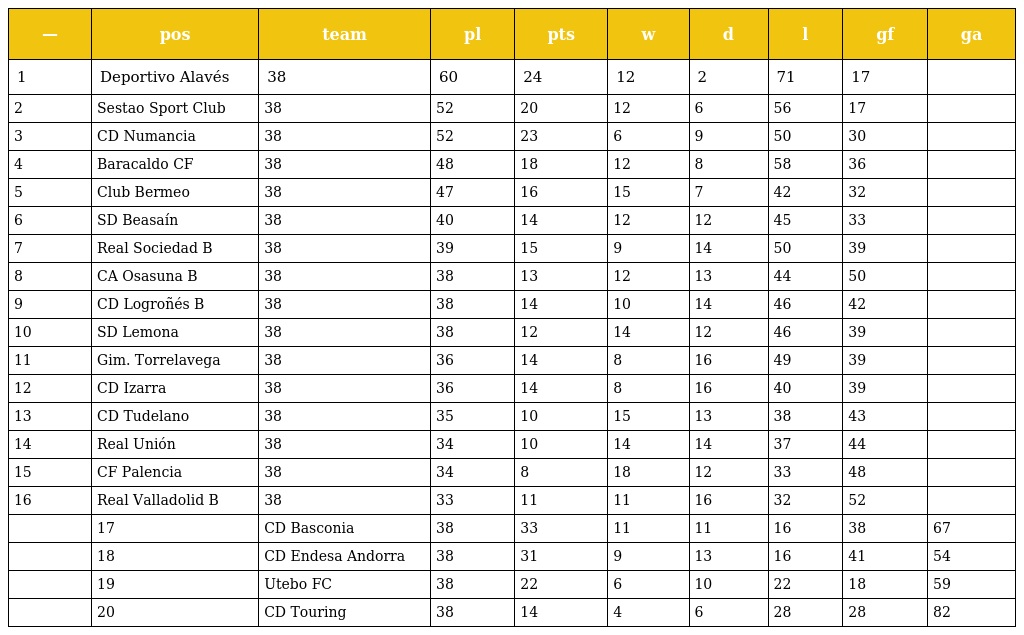
| — | pos | team | pl | pts | w | d | l | gf | ga |
 | --- | --- | --- | --- | --- | --- | --- | --- | --- | --- |
 | 1 | Deportivo Alavés | 38 | 60 | 24 | 12 | 2 | 71 | 17 |  |
 | 2 | Sestao Sport Club | 38 | 52 | 20 | 12 | 6 | 56 | 17 |  |
 | 3 | CD Numancia | 38 | 52 | 23 | 6 | 9 | 50 | 30 |  |
 | 4 | Baracaldo CF | 38 | 48 | 18 | 12 | 8 | 58 | 36 |  |
 | 5 | Club Bermeo | 38 | 47 | 16 | 15 | 7 | 42 | 32 |  |
 | 6 | SD Beasaín | 38 | 40 | 14 | 12 | 12 | 45 | 33 |  |
 | 7 | Real Sociedad B | 38 | 39 | 15 | 9 | 14 | 50 | 39 |  |
 | 8 | CA Osasuna B | 38 | 38 | 13 | 12 | 13 | 44 | 50 |  |
 | 9 | CD Logroñés B | 38 | 38 | 14 | 10 | 14 | 46 | 42 |  |
 | 10 | SD Lemona | 38 | 38 | 12 | 14 | 12 | 46 | 39 |  |
 | 11 | Gim. Torrelavega | 38 | 36 | 14 | 8 | 16 | 49 | 39 |  |
 | 12 | CD Izarra | 38 | 36 | 14 | 8 | 16 | 40 | 39 |  |
 | 13 | CD Tudelano | 38 | 35 | 10 | 15 | 13 | 38 | 43 |  |
 | 14 | Real Unión | 38 | 34 | 10 | 14 | 14 | 37 | 44 |  |
 | 15 | CF Palencia | 38 | 34 | 8 | 18 | 12 | 33 | 48 |  |
 | 16 | Real Valladolid B | 38 | 33 | 11 | 11 | 16 | 32 | 52 |  |
 |  | 17 | CD Basconia | 38 | 33 | 11 | 11 | 16 | 38 | 67 |
 |  | 18 | CD Endesa Andorra | 38 | 31 | 9 | 13 | 16 | 41 | 54 |
 |  | 19 | Utebo FC | 38 | 22 | 6 | 10 | 22 | 18 | 59 |
 |  | 20 | CD Touring | 38 | 14 | 4 | 6 | 28 | 28 | 82 |